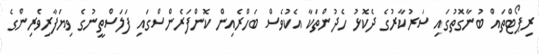
ރިޕޯޓްތައް ބުނާގޮތުގައި ސަރުކާރުގެ ދެކޮޅު ހެދުންތަކާ އެކުވެސް ބަހްރެއިން ކޮންފަރެންސްގައި ފަލަސްތީނުގެ ވިޔަފާރިވެރިންގެ